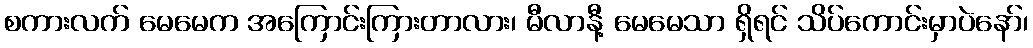
စကားလက် မေမေက အကြောင်းကြားတာလား၊ မီလာနီ့ မေမေသာ ရှိရင် သိပ်ကောင်းမှာပဲနော်၊